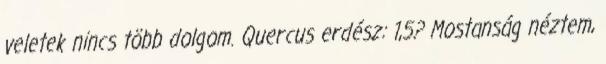
veletek nincs több dolgom. Quercus erdész: 1,5? Mostanság néztem,